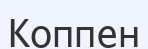
Коппен